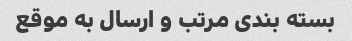
بسته بندی مرتب و ارسال به موقع